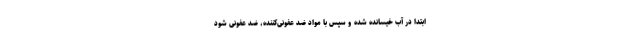
ابتدا در آب خیسانده شده و سپس با مواد ضد عفونی‌کننده، ضد عفونی شود